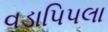
વડાપિપલા